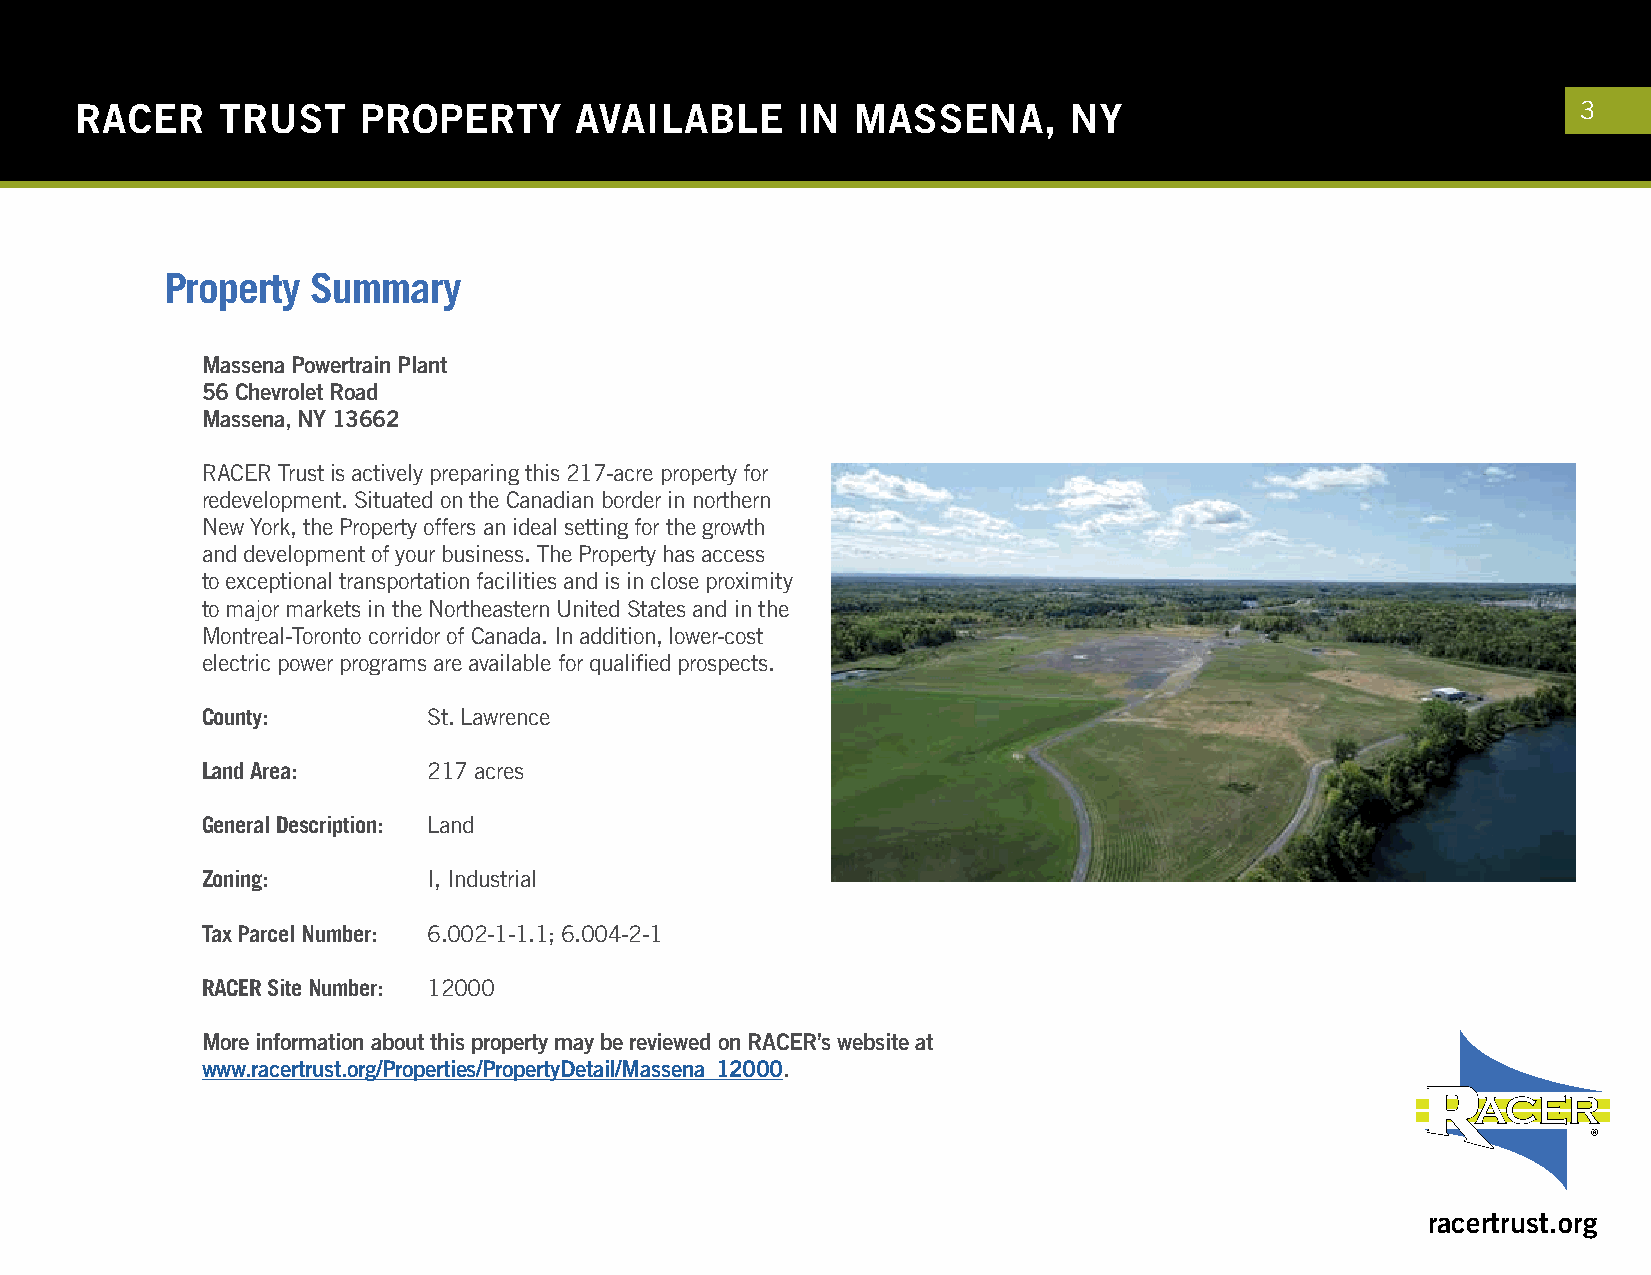
RACER    TRUST     PROPERTY      AVAILABLE      IN  MASSENA,      NY                                3
 Property  Summary
 Massena Powertrain Plant
 56 Chevrolet Road
 Massena, NY 13662
 RACER Trust is actively preparing this 217-acre property for
 redevelopment. Situated on the Canadian border in northern
 New York, the Property offers an ideal setting for the growth
 and development of your business. The Property has access
 to exceptional transportation facilities and is in close proximity
 to major markets in the Northeastern United States and in the
 Montreal-Toronto corridor of Canada. In addition, lower-cost
 electric power programs are available for qualified prospects.
 County:        St. Lawrence
 Land Area:     217 acres
 General Description: Land
 Zoning:        I, Industrial
 Tax Parcel Number: 6.002-1-1.1; 6.004-2-1
 RACER Site Number: 12000
 More information about this property may be reviewed on RACER’s website at
 www.racertrust.org/Properties/PropertyDetail/Massena_12000.
 racertrust.org